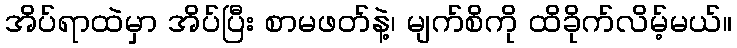
အိပ်ရာထဲမှာ အိပ်ပြီး စာမဖတ်နဲ့၊ မျက်စိကို ထိခိုက်လိမ့်မယ်။